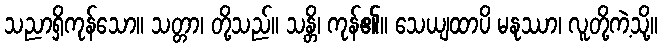
သညာရှိကုန်သော။ သတ္တာ၊ တို့သည်။ သန္တိ၊ ကုန်၏။ သေယျထာပိ မနုဿာ၊ လူတို့ကဲ့သို့။